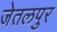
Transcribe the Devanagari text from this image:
जेतलपुर